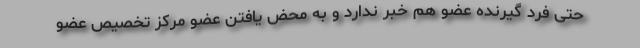
حتی فرد گیرنده عضو هم خبر ندارد و به محض یافتن عضو مرکز تخصیص عضو